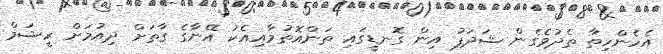
އެހެންހިތާ ތެދުވެގެން ޝަދަފު އިން ގޮނޑީގައި ތަންއޮތުމާއިއެކު އޭނާގެ ގާތަށް ދިއުމަށް ރީޝަމް